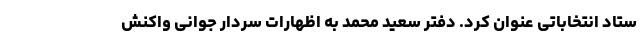
ستاد انتخاباتی عنوان کرد. دفتر سعید محمد به اظهارات سردار جوانی واکنش